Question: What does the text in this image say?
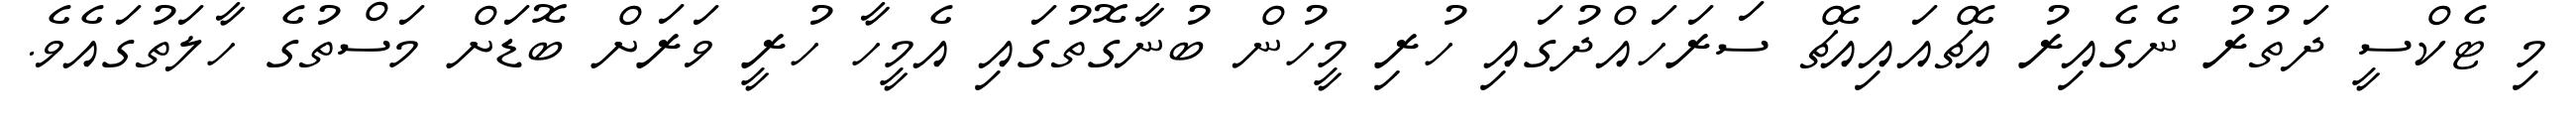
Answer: މި ޓެކްސީ ދަތުރު ނެގެއިރު އެޗްއައިއެޗް ސަރަހައްދުގައި ހުރި މީހުން ބުނާގޮތުގައި އެމީހާ ހުރީ ވަރަށް ބޮޑަށް މަސްތުގެ ހާލަތުގައެވެ.